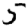
Digit: 5